Civil Veterinary Dept. Bombay admin report 1900-1906 - 1900-1906
Year: 1900
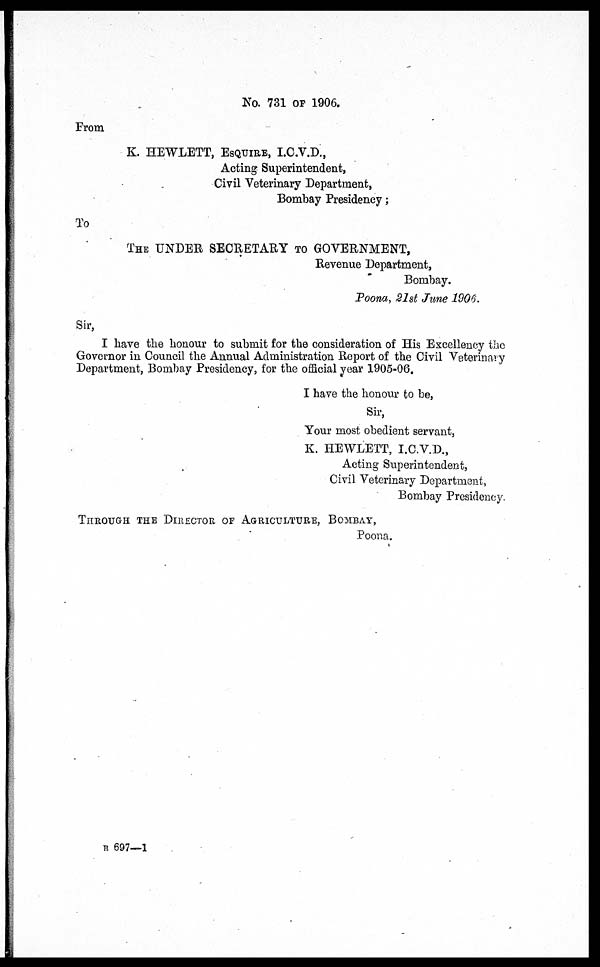
No. 731 OF 1906.
From
K. HEWLETT, ESQUIRE, I.C.V.D.,
Acting Superintendent,
Civil Veterinary Department,
Bombay Presidency;
To
THE UNDER SECRETARY TO GOVERNMENT,
Revenue Department,
Bombay.
Poona, 21st June 1906.
Sir,
I have the honour to submit for the consideration of His Excellency the
Governor in Council the Annual Administration Report of the Civil Veterinary
Department, Bombay Presidency, for the official year 1905-06.
I have the honour to be,
Sir,
Your most obedient servant,
K. HEWLETT, I.C.V.D.,
Acting Superintendent,
Civil Veterinary Department,
Bombay Presidency.
THROUGH THE DIRECTOR OF AGRICULTURE, BOMBAY,
Poona.
B 697—1